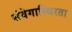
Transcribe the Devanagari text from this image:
संवेगास्थिरता